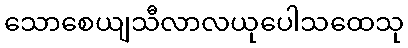
သောစေယျသီလာလယုပေါသထေသု